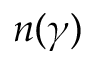
n ( \gamma )